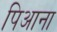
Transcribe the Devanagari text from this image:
पिआना